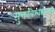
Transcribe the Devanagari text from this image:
मुक्तविश्वद्यालय